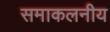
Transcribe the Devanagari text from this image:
समाकलनीय